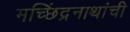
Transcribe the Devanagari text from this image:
मच्छिंद्रनाथांची